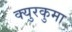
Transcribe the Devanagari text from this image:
क्युरकुमा